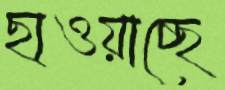
ছাওয়াচ্ছে